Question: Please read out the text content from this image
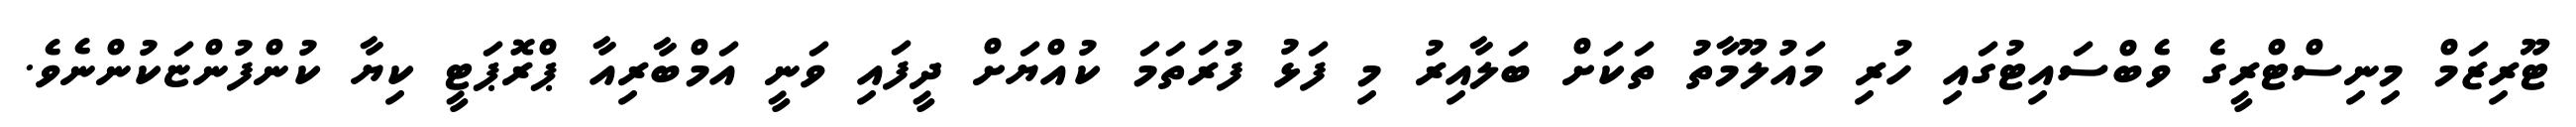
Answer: ޓޫރިޒަމް މިނިސްޓްރީގެ ވެބްސައިޓުގައި ހުރި މައުލޫމާތު ތަކަށް ބަލާއިރު މި ފަޅު ފުރަތަމަ ކުއްޔަށް ދީފައި ވަނީ އަމްބާރިއާ ޕްރޮޕަޓީ ކިޔާ ކުންފުންޏަކުންނެވެ.